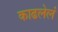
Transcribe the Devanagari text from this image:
काढलेलं